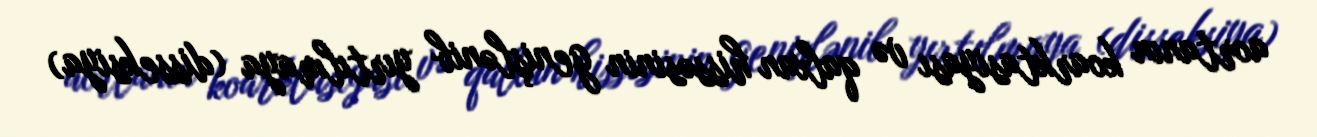
aortanın koarktasiyası və qalxan hissəsinin genişlənib yırtılmaya (disseksiya)